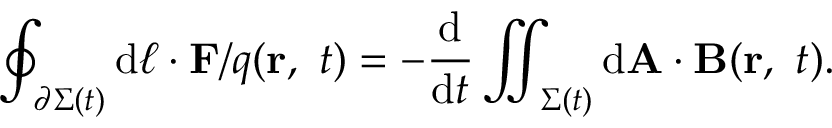
\oint _ { \partial \Sigma ( t ) } \mathrm { d } { \boldsymbol { \ell } } \cdot \mathbf { F } / q ( \mathbf { r } , \ t ) = - { \frac { \mathrm { d } } { \mathrm { d } t } } \iint _ { \Sigma ( t ) } \mathrm { d } \mathbf { A } \cdot \mathbf { B } ( \mathbf { r } , \ t ) .